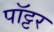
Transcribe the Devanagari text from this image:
पॉट्टर